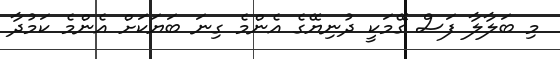
މި ބަލާލާ ފަސް ގޭމަކީ ދުނިޔޭގެ އެންމެ ގިނަ ބަޔަކަށް އެންމެ ކަމުދާ